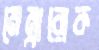
মেম্বারোক